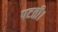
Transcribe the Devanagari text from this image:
पटती।